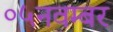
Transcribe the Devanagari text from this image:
०५नवम्बर